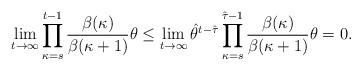
LaTeX: \begin{align*} \lim_{t\to\infty}\prod_{\kappa=s}^{t-1}\frac{\beta(\kappa)}{\beta(\kappa+1)}\theta\leq\lim_{t\to\infty}\hat{\theta}^{t-\hat{\tau}}\prod_{\kappa=s}^{\hat{\tau}-1}\frac{\beta(\kappa)}{\beta(\kappa+1)}\theta=0.\end{align*}